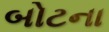
બોટના